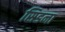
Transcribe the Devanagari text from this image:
सिडना